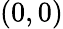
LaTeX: \left(0,0\right)